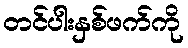
တင်ပါးနှစ်ဖက်ကို